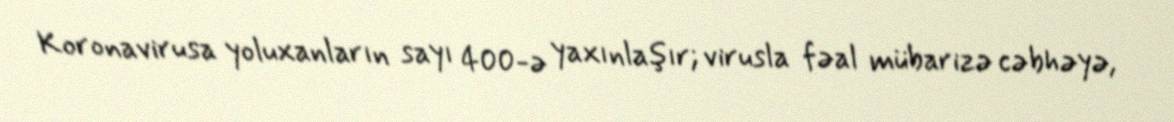
Koronavirusa yoluxanların sayı 400-ə yaxınlaşır; virusla fəal mübarizə cəbhəyə,